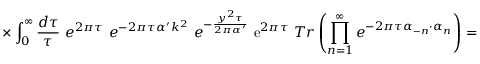
\times \int _ { 0 } ^ { \infty } \frac { d \tau } { \tau } ~ e ^ { 2 \pi \tau } ~ e ^ { - 2 \pi \tau \alpha ^ { \prime } k ^ { 2 } } ~ e ^ { - \frac { y ^ { 2 } \tau } { 2 \pi \alpha ^ { \prime } } } ~ \mathrm { e } ^ { 2 \pi \tau } ~ T r \left( \prod _ { n = 1 } ^ { \infty } e ^ { - 2 \pi \tau \alpha _ { - n } \cdot \alpha _ { n } } \right) =